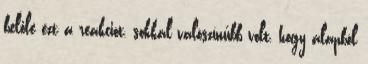
belőle ezt a reakciót, sokkal valószínűbb volt, hogy alapból